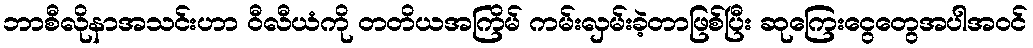
ဘာစီလိုနာအသင်းဟာ ဝီလီယံကို တတိယအကြိမ် ကမ်းလှမ်းခဲ့တာဖြစ်ပြီး ဆုကြေးငွေတွေအပါအဝင်